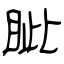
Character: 眦